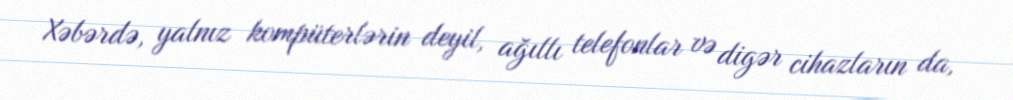
Xəbərdə, yalnız kompüterlərin deyil, ağıllı telefonlar və digər cihazların da,